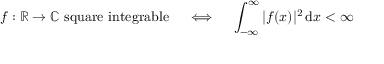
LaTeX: f : \mathbb { R } \to \mathbb { C } { \mathrm { ~ s q u a r e ~ i n t e g r a b l e } } \quad \iff \quad \int _ { - \infty } ^ { \infty } | f ( x ) | ^ { 2 } \, \mathrm { d } x < \infty